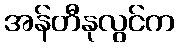
အန်တီနုလွင်က